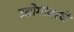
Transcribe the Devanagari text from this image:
उद्योगांवरचे